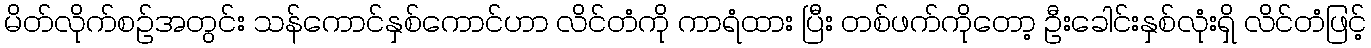
မိတ်လိုက်စဉ်အတွင်း သန်ကောင်နှစ်ကောင်ဟာ လိင်တံကို ကာရံထား ပြီး တစ်ဖက်ကိုတော့ ဦးခေါင်းနှစ်လုံးရှိ လိင်တံဖြင့်